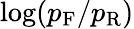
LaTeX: \log(p_{\mathrm{F}}/p_{\mathrm{R}})